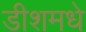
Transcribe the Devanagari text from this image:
डीशमधे